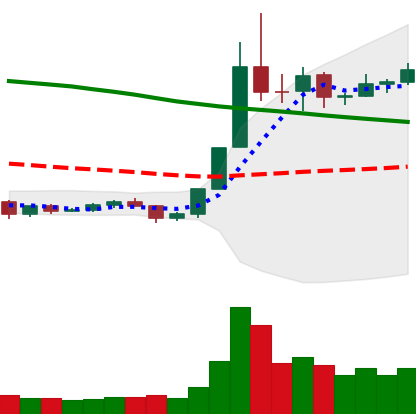
Ticker: NEO-USD
Chart end date: 2019-11-04
Forward return: -6.681%
Label: down_5_7